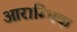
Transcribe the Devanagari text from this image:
आराम्भिक